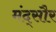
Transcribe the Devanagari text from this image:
मंद्सौर